Vaccination in Burma 1912-1922 - 1912-1922
Year: 1912
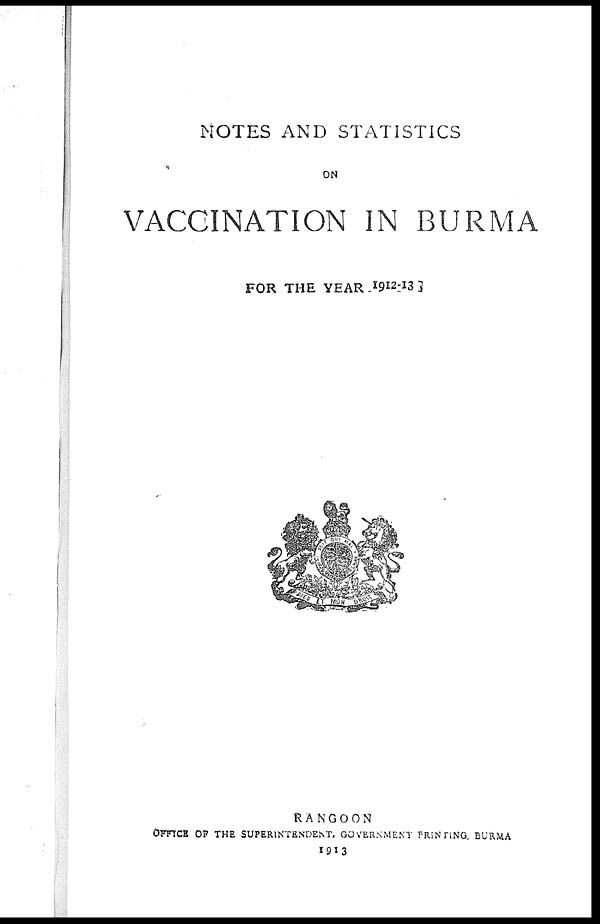
NOTES AND STATISTICS
ON
VACCINATION IN BURMA
FOR THE YEAR 1912-13
RANGOON
OFFICE OF THE SUPERINTENDENT, GOVERNMENT PRINTING, BURMA
1913